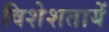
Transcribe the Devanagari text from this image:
विशेशतायें